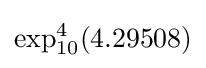
\exp _{10}^{4}(4.29508)